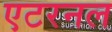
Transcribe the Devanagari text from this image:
एटरनल